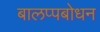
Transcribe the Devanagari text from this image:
बालप्पबोधन